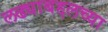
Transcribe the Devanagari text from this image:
लढ्याबद्दलच्या